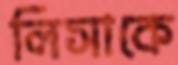
লিসাকে